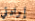
إرادتي